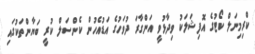
ކްރިމިނަލް ކޯޓުގެ އޮފިޝަލަކު ވިދާޅުވީ އަންގާރަ ދުވަހުގެ އަޑުއެހުން ކެންސަލް ކުރީ ބަޔާންތަކުގައި